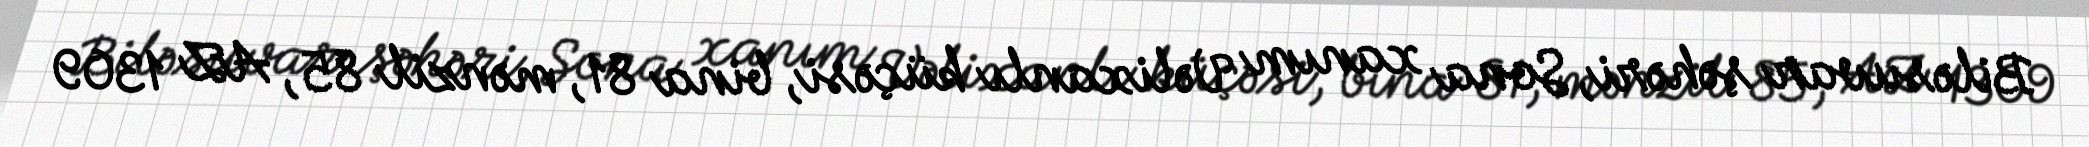
Biləsuvar şəhəri, Sona xanım Vəlixanlı küçəsi, bina 81, mənzil 85, AZ 1309